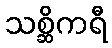
သစ္ဆိကရီ